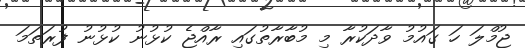
ޖުމްލަ ހަ ގައުމު ވާދަކުރާ މި މުބާރާތުގައި ރާއްޖެ ކުޅުނު ކުޅުނު ފުރަތަމަ